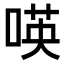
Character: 𠸄